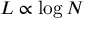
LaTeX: L \propto \log N